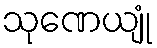
သုဏေယျုံ